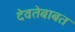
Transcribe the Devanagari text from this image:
देवतेबाबत